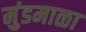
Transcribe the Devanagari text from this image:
मुंडमाळा